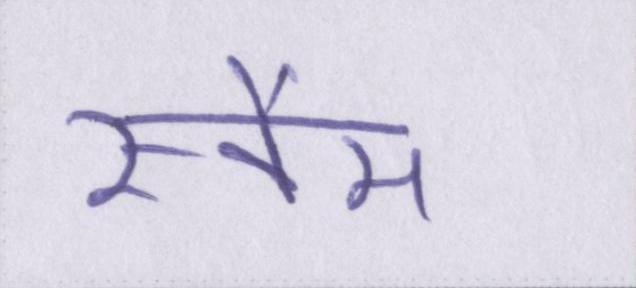
स्कैम